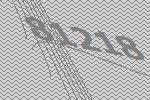
81218